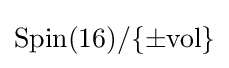
\mathrm {Spin} (16)/\{\pm \mathrm {vol} \}